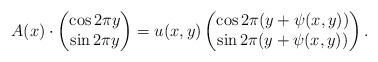
LaTeX: \begin{align*} A(x)\cdot\begin{pmatrix} \cos 2\pi y\\\sin 2\pi y \end{pmatrix}=u(x,y)\begin{pmatrix} \cos 2\pi (y+\psi(x,y))\\\sin 2\pi (y+\psi(x,y)) \end{pmatrix}.\end{align*}